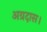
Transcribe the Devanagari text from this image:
अग्रदास।